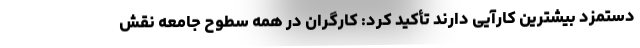
دستمزد بیشترین کارآیی دارند تأکید کرد: کارگران در همه سطوح جامعه نقش